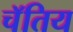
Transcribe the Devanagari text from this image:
चॅतिय